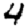
Digit: 4